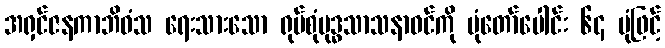
အရှင်ဇနကာဘိဝံသ ရေးသားသော ရုပ်စုံဗုဒ္ဓသာသနာဝင်ကို ပုံတော်ပေါင်း ၆၄ ပုံဖြင့်